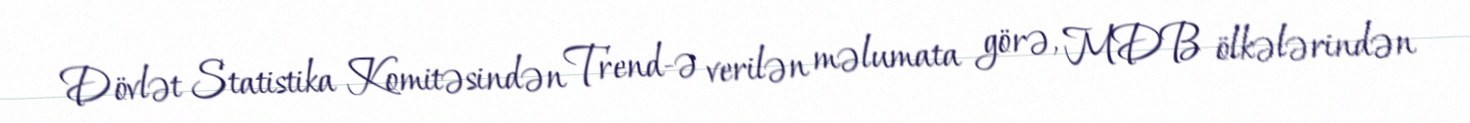
Dövlət Statistika Komitəsindən Trend-ə verilən məlumata görə, MDB ölkələrindən